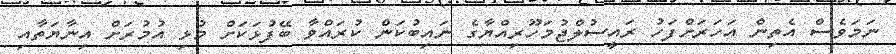
ނަމަވެސް އެތިން އަހަރަށްފަހު ރައީސުލްޖުމަހޫރިއްޔާގެ ނައިބުކަން ކުރައްވާ ބޭފުޅަކަށް މުޅި އުމުރަށް އިނާޔަތާއި